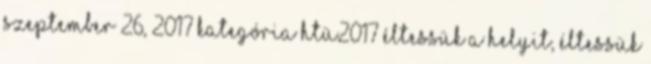
szeptember 26, 2017 Kategória HTÜ2017 Éltessük a helyit, éltessük